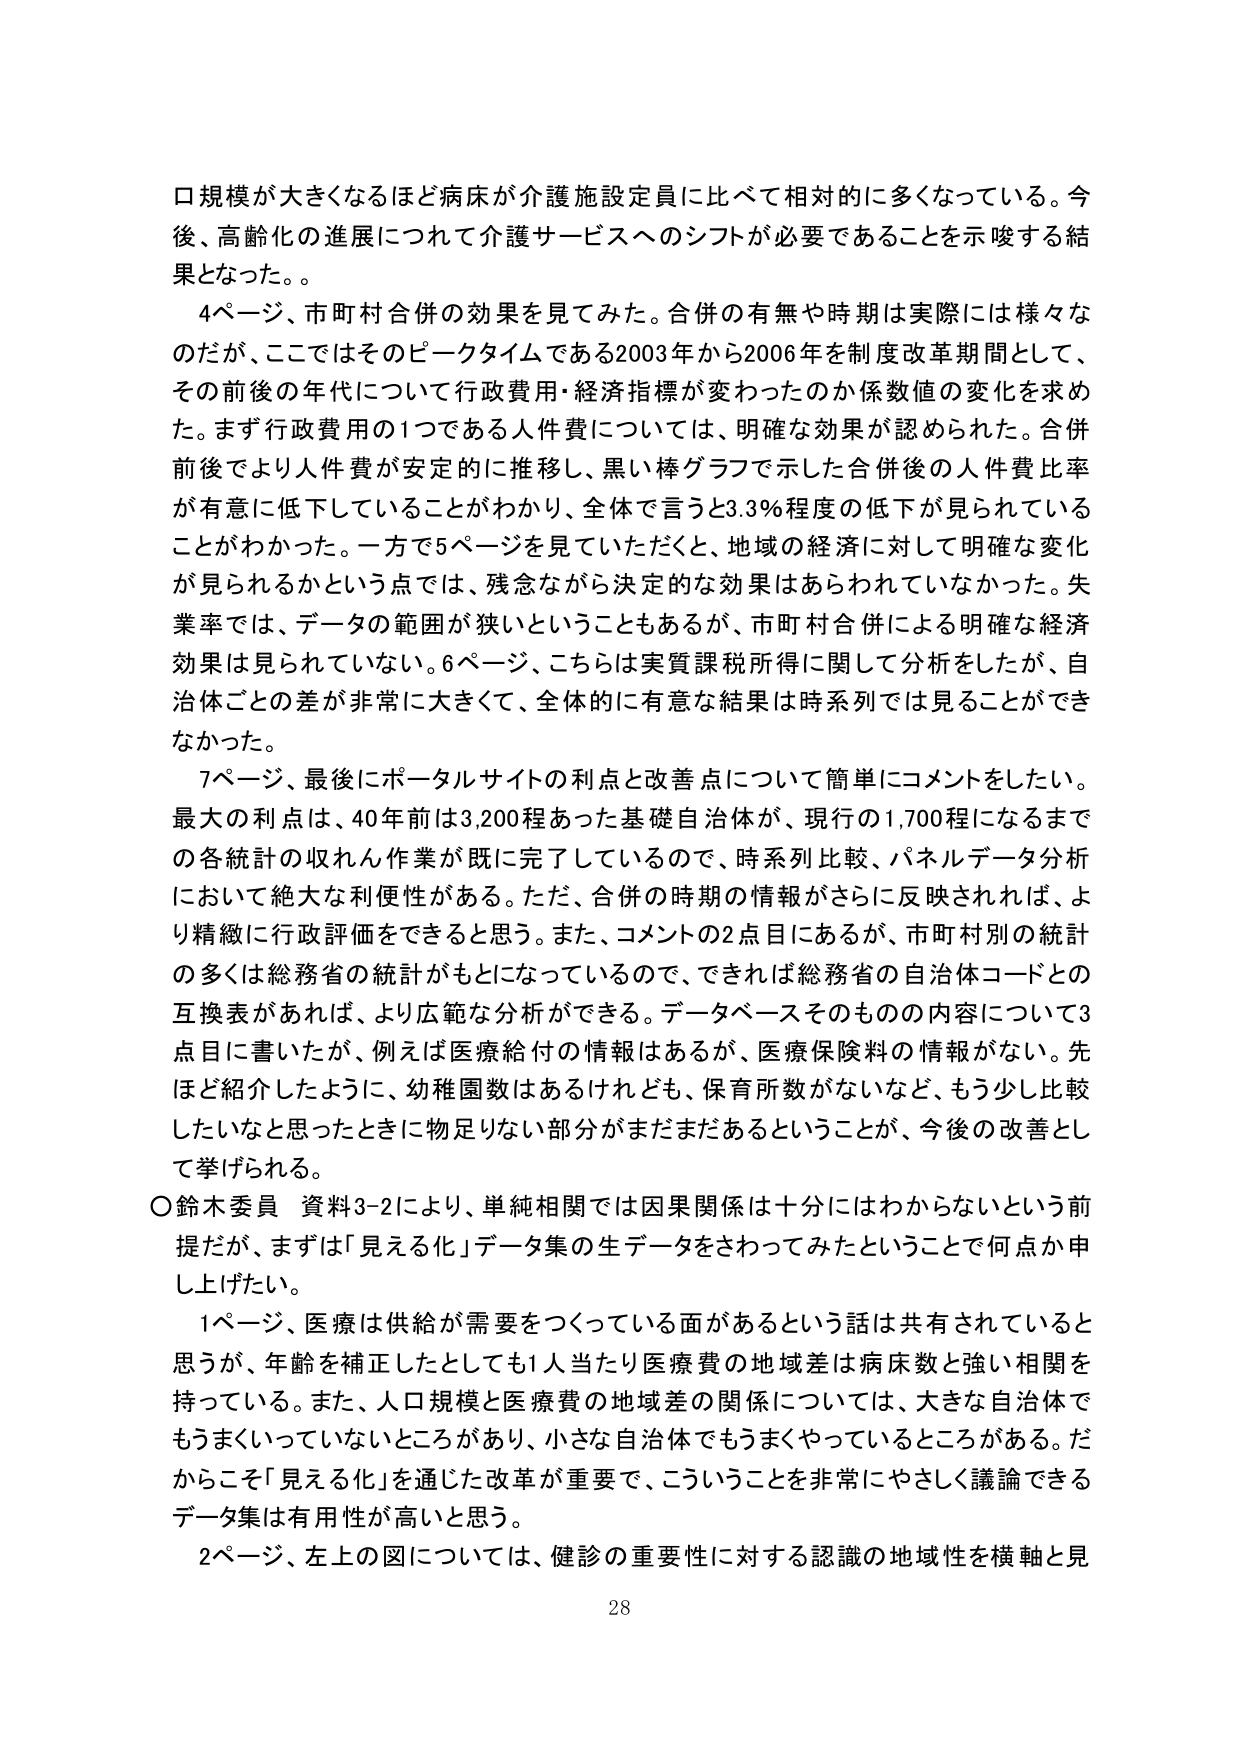
口規模が大きくなるほど病床が介護施設定員に比べて相対的に多くなっている。今後、高齢化の進展につれて介護サービスへのシフトが必要であることを示唆する結果となった。。

4ページ、市町村合併の効果を見てみた。合併の有無や時期は実際には様々な のだが、ここではそのピークタイムである2003年から2006年を制度改革期間として、その前後の年代について行政費用・経済指標が変わったのか係数値の変化を求めた。まず行政費用の1つである人件費については、明確な効果が認められた。合併前後でより人件費が安定的に推移し、黒い棒グラフで示した合併後の人件費比率が有意に低下していることがわかり、全体で言うと3.3％程度の低下が見られていることがわかった。一方で5ページを見ていただくと、地域の経済に対して明確な変化が見られるかという点では、残念ながら決定的な効果はあらわれていなかった。失業率では、データの範囲が狭いということもあるが、市町村合併による明確な経済効果は見られていない。6ページ、こちらは実質課税所得に関して分析をしたが、自治体ごとの差が非常に大きくて、全体的に有意な結果は時系列では見ることができなかった。

7ページ、最後にポータルサイトの利点と改善点について簡単にコメントをしたい。最大の利点は、40年前は3,200程あった基礎自治体が、現行の1,700程になるまでの各統計の収れん作業が既に完了しているので、時系列比較、パネルデータ分析において絶大な利便性がある。ただ、合併の時期の情報がさらに反映されれば、より精細に行政評価をできると思う。また、コメントの2点目にあるが、市町村別の統計の多くは総務省の統計がもとになっているので、できれば総務省の自治体コードとの互換表があれば、より広範な分析ができる。データベースそのものの内容について3点目に書いたが、例えば医療給付の情報はあるが、医療保険料の情報がない。先ほど紹介したように、幼稚園数はあるけれども、保育所数がないなど、もう少し比較したいなと思ったときに物足りない部分がまだまだあるということが、今後の改善として挙げられる。

○鈴木委員 資料3-2により、単純相関では因果関係は十分にはわからないという前提だが、まずは「見える化」データ集の生データをさわってみたということで何点か申し上げたい。

1ページ、医療は供給が需要をつくっている面があるという話は共有されていると思うが、年齢を補正したとしても1人当たり医療費の地域差は病床数と強い相関を持っている。また、人口規模と医療費の地域差の関係については、大きな自治体でもうまくいっていないところがあり、小さな自治体でもうまくやっているところがある。だからこそ「見える化」を通じた改革が重要で、こういうことを非常にやさしく議論できるデータ集は有用性が高いと思う。

2ページ、左上の図については、健診の重要性に対する認識の地域性を横軸と見

28